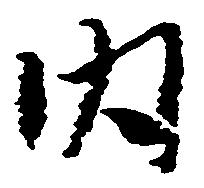
内